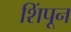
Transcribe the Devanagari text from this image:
शिंपून